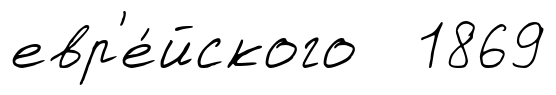
евр'е́йского 1869